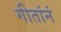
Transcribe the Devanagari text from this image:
गीतांनं